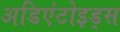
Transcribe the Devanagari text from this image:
अडिएंटोइड्स